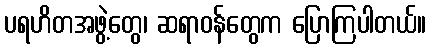
ပရဟိတအဖွဲ့တွေ၊ ဆရာဝန်တွေက ပြောကြပါတယ်။